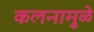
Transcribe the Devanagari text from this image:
कलनामुळे